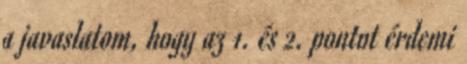
a javaslatom, hogy az 1. és 2. pontot érdemi